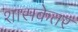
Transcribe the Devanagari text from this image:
शासकेतर